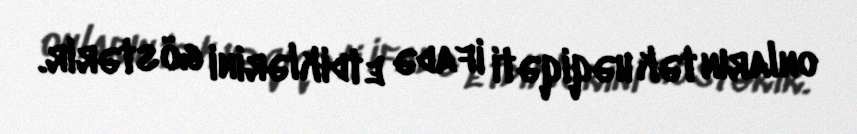
onların tək həqiqəti ifadə etdiklərini göstərir.